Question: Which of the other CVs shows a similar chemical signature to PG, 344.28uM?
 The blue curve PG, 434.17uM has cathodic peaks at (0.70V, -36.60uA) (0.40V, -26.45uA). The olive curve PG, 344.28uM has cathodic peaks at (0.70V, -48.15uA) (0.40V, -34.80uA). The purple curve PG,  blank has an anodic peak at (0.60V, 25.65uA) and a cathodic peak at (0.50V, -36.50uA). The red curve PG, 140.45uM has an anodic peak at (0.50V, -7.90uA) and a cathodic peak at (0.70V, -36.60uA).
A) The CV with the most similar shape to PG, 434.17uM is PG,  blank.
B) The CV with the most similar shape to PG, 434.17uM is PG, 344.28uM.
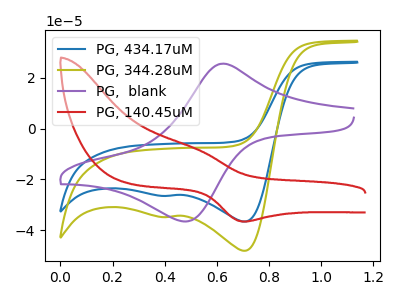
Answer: <think>All the peaks in "PG, 434.17uM" have a peak in "PG, 344.28uM" at the same potential. Every peak in "PG, 434.17uM" is lower than every peak in "PG, 344.28uM". "PG, 434.17uM" and "PG,  blank" have at least one peak that do not match. "PG, 434.17uM" and "PG, 140.45uM" have at least one peak that do not match. "PG, 344.28uM" and "PG,  blank" have at least one peak that do not match. "PG, 344.28uM" and "PG, 140.45uM" have at least one peak that do not match. "PG,  blank" and "PG, 140.45uM" have at least one peak that do not match.
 </think>
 <answer>B) The CV with the most similar shape to "PG, 434.17uM" is "PG, 344.28uM".</answer>
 <eval>B</eval>